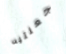
جعلتيه